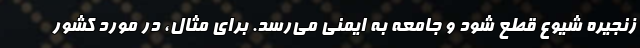
زنجیره شیوع قطع شود و جامعه به ایمنی می‌رسد. برای مثال، در مورد کشور